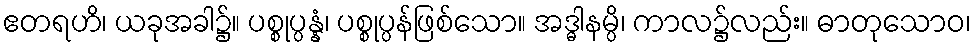
ဧတရဟိ၊ ယခုအခါ၌။ ပစ္စုပ္ပန္နံ၊ ပစ္စုပ္ပန်ဖြစ်သော။ အဒ္ဓါနမ္ပိ၊ ကာလ၌လည်း။ ဓာတုသောဝ၊